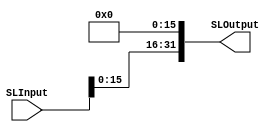
`timescale 1ns / 1ps
//////////////////////////////////////////////////////////////////////////////////
// Company: 
// Engineer: 
// 
// Design Name: 
// Module Name: ShiftLeft_16_C
// Project Name: 
// Target Devices: 
// Tool Versions: 
// Description: 
// 
// Dependencies: 
// 
// Revision:
// Revision 0.01 - File Created
// Additional Comments:
// 
//////////////////////////////////////////////////////////////////////////////////


module ShiftLeft_16_C(SLInput, 
                     SLOutput);
                     
    input [31:0] SLInput;
    output [31:0] SLOutput;
    
    assign SLOutput = SLInput << 16; 
    
endmodule